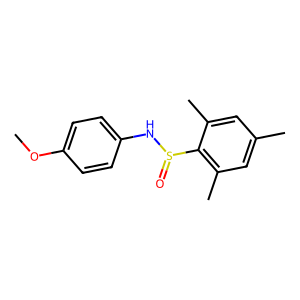
SMILES: COc1ccc(NS(=O)c2c(C)cc(C)cc2C)cc1
Inhibits HIV replication: No